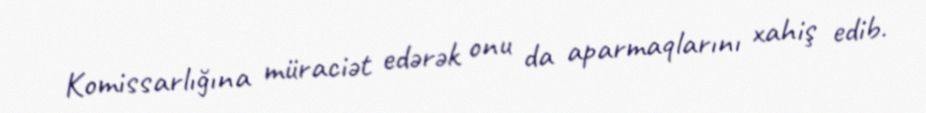
Komissarlığına müraciət edərək onu da aparmaqlarını xahiş edib.